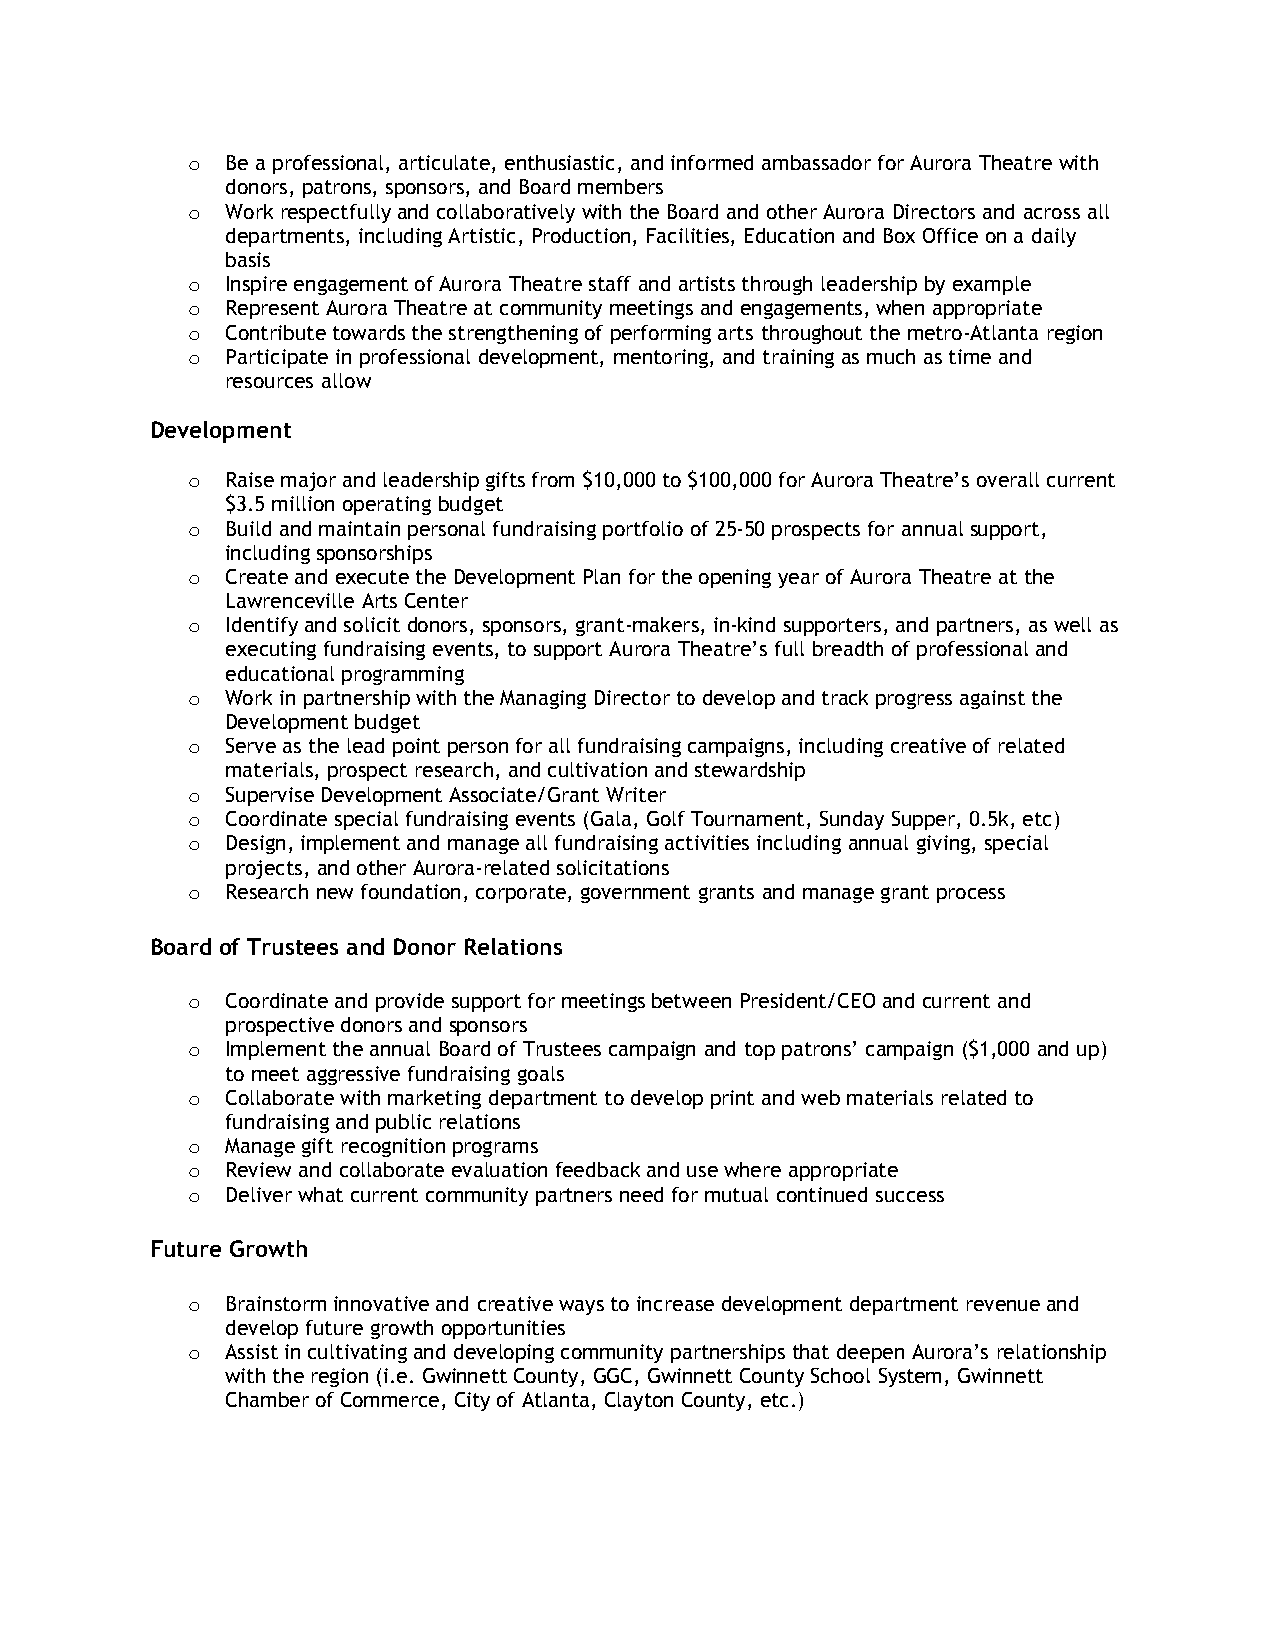
o  Be a professional, articulate, enthusiastic, and informed ambassador for Aurora Theatre with
 donors, patrons, sponsors, and Board members
 o  Work respectfully and collaboratively with the Board and other Aurora Directors and across all
 departments, including Artistic, Production, Facilities, Education and Box Office on a daily
 basis
 o  Inspire engagement of Aurora Theatre staff and artists through leadership by example
 o  Represent Aurora Theatre at community meetings and engagements, when appropriate
 o  Contribute towards the strengthening of performing arts throughout the metro-Atlanta region
 o  Participate in professional development, mentoring, and training as much as time and
 resources allow
 Development
 o  Raise major and leadership gifts from $10,000 to $100,000 for Aurora Theatre’s overall current
 $3.5 million operating budget
 o  Build and maintain personal fundraising portfolio of 25-50 prospects for annual support,
 including sponsorships
 o  Create and execute the Development Plan for the opening year of Aurora Theatre at the
 Lawrenceville Arts Center
 o  Identify and solicit donors, sponsors, grant-makers, in-kind supporters, and partners, as well as
 executing fundraising events, to support Aurora Theatre’s full breadth of professional and
 educational programming
 o  Work in partnership with the Managing Director to develop and track progress against the
 Development budget
 o  Serve as the lead point person for all fundraising campaigns, including creative of related
 materials, prospect research, and cultivation and stewardship
 o  Supervise Development Associate/Grant Writer
 o  Coordinate special fundraising events (Gala, Golf Tournament, Sunday Supper, 0.5k, etc)
 o  Design, implement and manage all fundraising activities including annual giving, special
 projects, and other Aurora-related solicitations
 o  Research new foundation, corporate, government grants and manage grant process
 Board of Trustees and Donor Relations
 o  Coordinate and provide support for meetings between President/CEO and current and
 prospective donors and sponsors
 o  Implement the annual Board of Trustees campaign and top patrons’ campaign ($1,000 and up)
 to meet aggressive fundraising goals
 o  Collaborate with marketing department to develop print and web materials related to
 fundraising and public relations
 o  Manage gift recognition programs
 o  Review and collaborate evaluation feedback and use where appropriate
 o  Deliver what current community partners need for mutual continued success
 Future Growth
 o  Brainstorm innovative and creative ways to increase development department revenue and
 develop future growth opportunities
 o  Assist in cultivating and developing community partnerships that deepen Aurora’s relationship
 with the region (i.e. Gwinnett County, GGC, Gwinnett County School System, Gwinnett
 Chamber of Commerce, City of Atlanta, Clayton County, etc.)